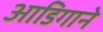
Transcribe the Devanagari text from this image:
आडिगाने